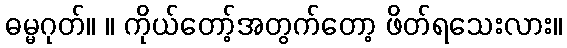
ဓမ္မဂုတ်။ ။ ကိုယ်တော့်အတွက်တော့ ဖိတ်ရသေးလား။